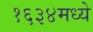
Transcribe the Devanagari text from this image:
१६३४मध्ये